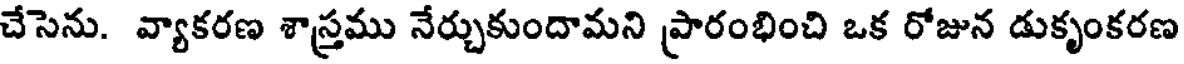
చేసెను. వ్యాకరణ శాస్త్రము నేర్చుకుందామని ప్రారంభించి ఒక రోజున డుకృంకరణ